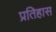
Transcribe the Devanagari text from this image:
प्रतिहास